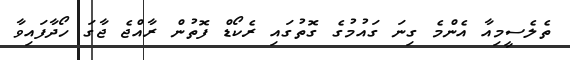
ތެލެސީމިއާ އެންމެ ގިނަ ގައުމުގެ ގޮތުގައި ރެކޯޑް ފޮތުން ރާއްޖެ ޖާގަ ހޯދާފައިވާ